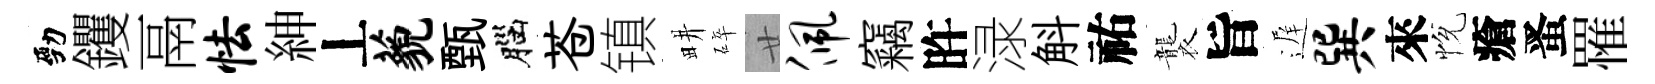
勁钁鬲怯紳丄藐甄腦苍镇畊碎廿佩竊旿渌斛祐襲旨遅巽來恱瘡󱉠罹